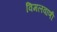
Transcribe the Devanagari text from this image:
विमलवाणी